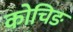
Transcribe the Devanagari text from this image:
कोचिङ